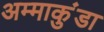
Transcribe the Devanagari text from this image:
अम्माकुंडा